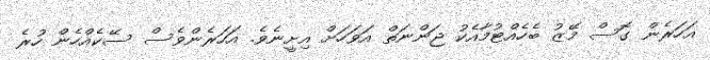
އަހަރެން ގޮސް މޭޒު ބެހެެއްޓުމާއެކު ޖަންނަތް އަވަހަށް އިށީނެވެ. އަހަރެންވެސް ސޭކެއްހެން ހުރެ